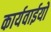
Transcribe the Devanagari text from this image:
कार्यवाईयों